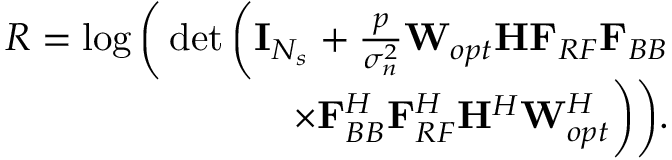
\begin{array} { r } { R = \log \bigg ( \operatorname* { d e t } \bigg ( \mathbf { I } _ { N _ { s } } + \frac { p } { \sigma _ { n } ^ { 2 } } { { { { \mathbf { W } } _ { o p t } } } { \mathbf { H } } { { \mathbf { F } } _ { R F } } { { \mathbf { F } } _ { B B } } } } \\ { \times { { \mathbf { F } } _ { B B } ^ { H } { \mathbf { F } } _ { R F } ^ { H } { { \mathbf { H } } ^ { H } } { { { \mathbf { W } } _ { o p t } ^ { H } } } } \bigg ) \bigg ) . } \end{array}